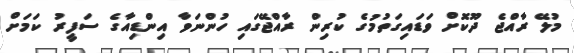
މުލޭ ރާއްޖެ ދޫކޮށް ވަޑައިގަތުމުގެ ކުރިން ރާއްޖޭގައި ހުންނަވާ އިންޑިއާގެ ސަފީރު ކަމަށް